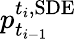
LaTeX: p_{t_{i-1}}^{t_{i},\mathrm{SDE}}